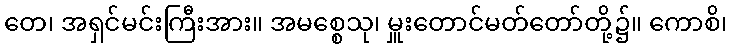
တေ၊ အရှင်မင်းကြီးအား။ အမစ္စေသု၊ မှူးတောင်မတ်တော်တို့၌။ ကောစိ၊